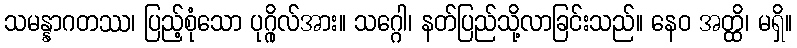
သမန္နာဂတဿ၊ ပြည့်စုံသော ပုဂ္ဂိုလ်အား။ သဂ္ဂေါ၊ နတ်ပြည်သို့လာခြင်းသည်။ နေဝ အတ္ထိ၊ မရှိ။